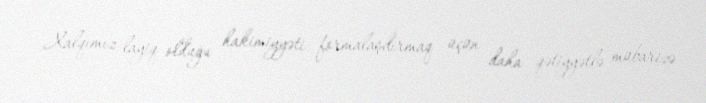
Xalqımız layiq olduğu hakimiyyəti formalaşdırmaq üçün daha qətiyyətlə mübarizə